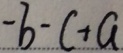
- b - c + a